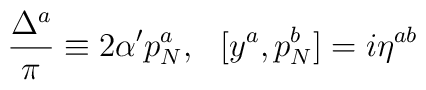
\frac{\Delta ^{a}}{\pi }\equiv 2\alpha 'p^{a}_{N},\: \: \: [y^{a},p^{b}_{N}]=i\eta ^{ab}